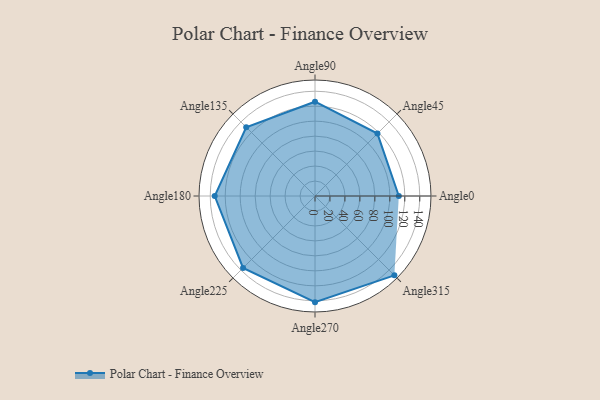
{"axis": {"x": "Angle", "y": "Radius"}, "legend": [""], "data": [{"x": "Angle0", "y": 112.0, "type": ""}, {"x": "Angle45", "y": 118.0, "type": ""}, {"x": "Angle90", "y": 126.0, "type": ""}, {"x": "Angle135", "y": 130.0, "type": ""}, {"x": "Angle180", "y": 134.0, "type": ""}, {"x": "Angle225", "y": 136.0, "type": ""}, {"x": "Angle270", "y": 142.0, "type": ""}, {"x": "Angle315", "y": 150.0, "type": ""}]}